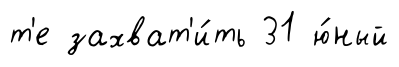
т'е захват'и́ть 31 ю́ный